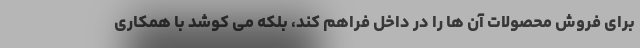
برای فروش محصولات آن ها را در داخل فراهم کند، بلکه می کوشد با همکاری